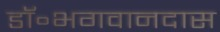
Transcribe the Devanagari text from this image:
डॉ॰भगवानदास